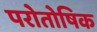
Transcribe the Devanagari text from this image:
परोतोषिक